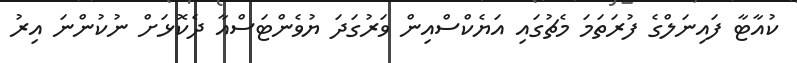
ކުއާޓާ ފައިނަލްގެ ފުރަތަމަ މެޗުގައި އަޔެކްސްއިން ވަރުގަދަ ޔުވެންޓަސްއާ ދެކޮޅަށް ނުކުންނަ އިރު